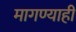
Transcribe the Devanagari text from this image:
मागण्याही